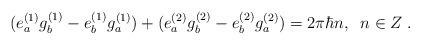
LaTeX: \begin{align*}(e_a^{(1)} g_b^{(1)} -e_b^{(1)} g_a^{(1)}) + (e_a^{(2)} g_b^{(2)} - e_b^{(2)} g_a^{(2)}) =2 \pi \hbar n, \; \; n \in Z \; . \end{align*}